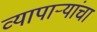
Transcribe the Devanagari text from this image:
व्यापार्‍यांचा